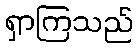
ရှာကြသည်